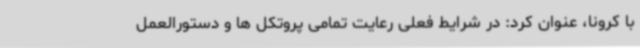
با کرونا، عنوان کرد: در شرایط فعلی رعایت تمامی پروتکل ها و دستورالعمل